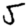
Digit: 5